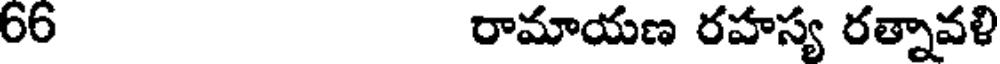
66 రామాయణ రహస్య రత్నావళి